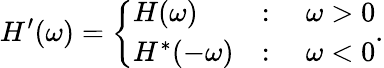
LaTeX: H^{\prime}(\omega)=\left\{ \begin{array}{ll}{H(\omega)}&{:\quad\omega>0}\\ {H^{*}(-\omega)}&{:\quad\omega<0}\end{array}\right..